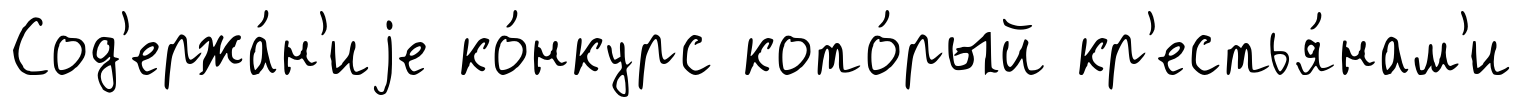
Сод'ержа́н'иjе ко́нкурс кото́рый кр'естья́нам'и